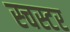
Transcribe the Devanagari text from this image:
स्चस्टर